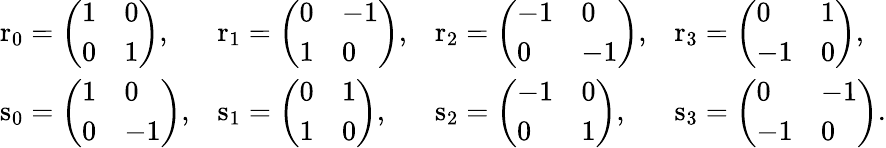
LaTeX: {\begin{array}{llll}{\mathrm{r}_{0}=\left({\begin{array}{ll}{1}&{0}\\ {0}&{1}\end{array}}\right),}&{\mathrm{r}_{1}=\left({\begin{array}{ll}{0}&{-1}\\ {1}&{0}\end{array}}\right),}&{\mathrm{r}_{2}=\left({\begin{array}{ll}{-1}&{0}\\ {0}&{-1}\end{array}}\right),}&{\mathrm{r}_{3}=\left({\begin{array}{ll}{0}&{1}\\ {-1}&{0}\end{array}}\right),}\\ {\mathrm{s}_{0}=\left({\begin{array}{ll}{1}&{0}\\ {0}&{-1}\end{array}}\right),}&{\mathrm{s}_{1}=\left({\begin{array}{ll}{0}&{1}\\ {1}&{0}\end{array}}\right),}&{\mathrm{s}_{2}=\left({\begin{array}{ll}{-1}&{0}\\ {0}&{1}\end{array}}\right),}&{\mathrm{s}_{3}=\left({\begin{array}{ll}{0}&{-1}\\ {-1}&{0}\end{array}}\right).}\end{array}}